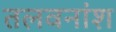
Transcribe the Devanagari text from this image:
तलवनांश